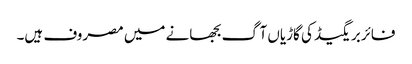
فائربریگیڈ کی گاڑیاں آگ بجھانے میں مصروف ہیں۔